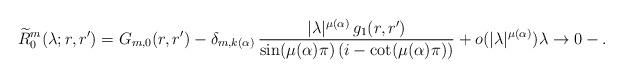
LaTeX: \begin{align*} \widetilde R^m_0(\lambda; r,r') = G_{m,0}(r,r') - \delta_{m, k(\alpha)} \, \frac{|\lambda|^{\mu(\alpha)}\, g_1(r,r')}{\sin(\mu(\alpha) \pi) \, (i-\cot(\mu(\alpha) \pi))} + o(|\lambda|^{\mu(\alpha)} ) \lambda\to 0- .\end{align*}